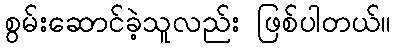
စွမ်းဆောင်ခဲ့သူလည်း ဖြစ်ပါတယ်။